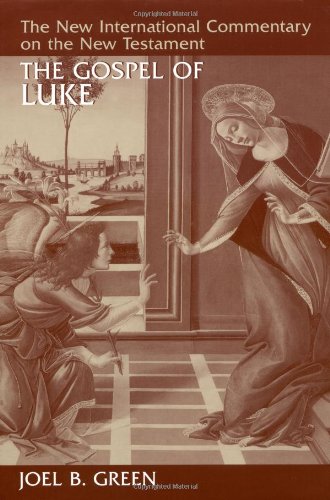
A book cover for The Gospel of Luke (The New International Commentary on the New Testament); Joel B. Green; Christian Books & Bibles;